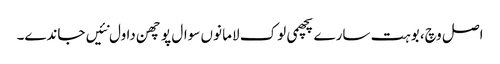
اصل وچ، بوہت سارے پچھمی لوک لاما نوں سوال پوچھن دا ول نئیں جاندے۔